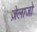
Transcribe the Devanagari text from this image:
ज़ेलाजो